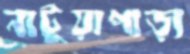
নাটুয়াপাড়া